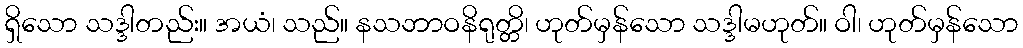
ရှိသော သဒ္ဒါတည်း။ အယံ၊ သည်။ နသဘာဝနိရုတ္တိ၊ ဟုတ်မှန်သော သဒ္ဒါမဟုတ်။ ဝါ၊ ဟုတ်မှန်သော